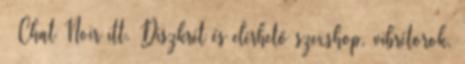
– Chat Noir itt. Diszkrét és elérhető szexshop, vibrétorok,